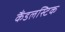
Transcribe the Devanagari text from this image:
कैंडलस्टिक